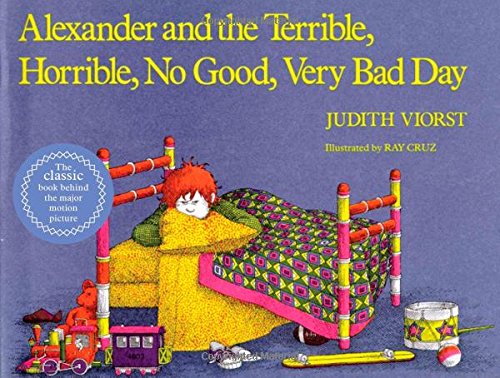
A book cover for Alexander and the Terrible, Horrible, No Good, Very Bad Day; Judith Viorst; Children's Books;